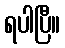
ရပါပြီ။